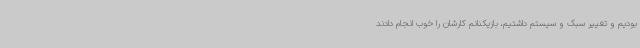
بودیم و تغییر سبک و سیستم داشتیم، بازیکنانم کارشان را خوب انجام دادند